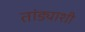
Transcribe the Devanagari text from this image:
तांड्याशी